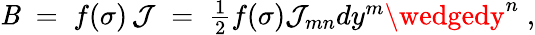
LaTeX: \mathit{B}\; =\; f(\sigma)\, \mathcal{{J}}\; =\; \textstyle{\frac{{1}}{{2}}}f(\sigma)\mathcal{{J}}_{mn}dy^{m}\wedgedy^{n}\; ,